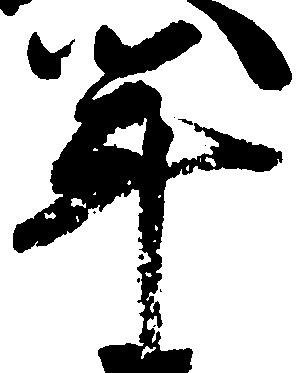
年